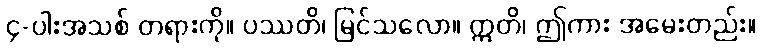
၄-ပါးအသစ် တရားကို။ ပဿတိ၊ မြင်သလော။ ဣတိ၊ ဤကား အမေးတည်း။